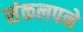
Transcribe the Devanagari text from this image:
संकलपने